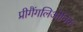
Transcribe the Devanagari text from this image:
प्रीगैंगलिओनिक